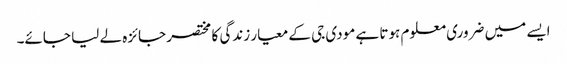
ایسے میں ضروری معلوم ہوتا ہے مودی جی کے معیار زندگی کا مختصر جائزہ لے لیا جائے۔